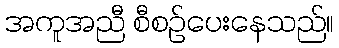
အကူအညီ စီစဉ်ပေးနေသည်။